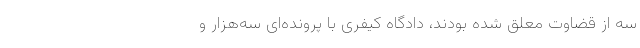
سه از قضاوت معلق‌ شده‌ بودند، دادگاه کیفری با پرونده‌ای سه‌هزار و